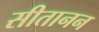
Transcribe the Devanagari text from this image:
सीतानन